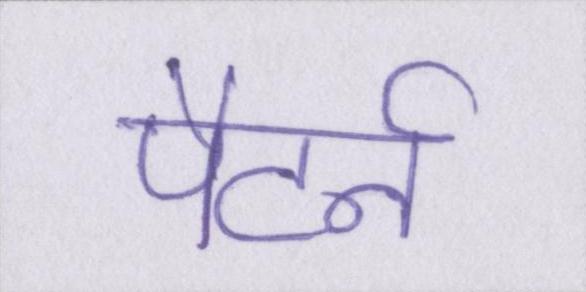
पैटर्न